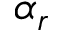
\alpha _ { r }